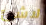
لاشئ